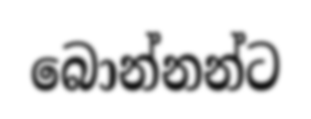
බොන්නන්ට